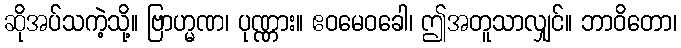
ဆိုအပ်သကဲ့သို့။ ဗြာဟ္မဏ၊ ပုဏ္ဏား။ ဧဝမေဝခေါ၊ ဤအတူသာလျှင်။ ဘာဝိတော၊